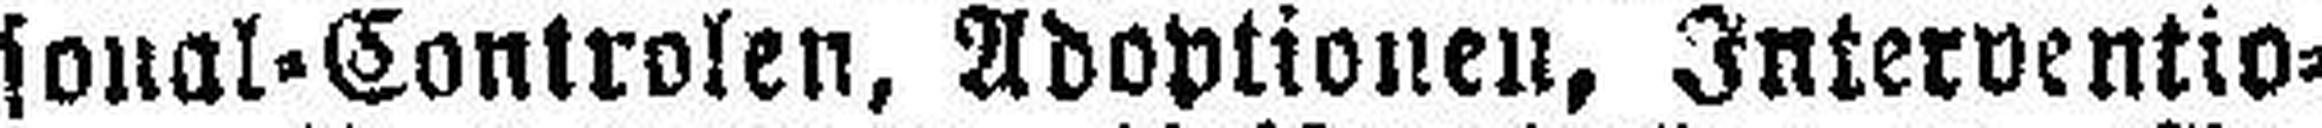
sonal-Controlen, Adoptionen, Interventio¬